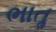
ભાતૢ